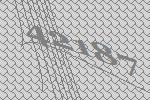
42187